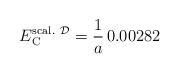
LaTeX: \begin{align*}E_{\rm C}^{{\rm scal.} \ {\cal D}}= {1 \over a} \, 0.00282\end{align*}